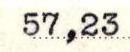
57,23